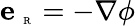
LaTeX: {\mathbf e}_{\mathrm{~\tiny~R~}}=-\nabla\phi